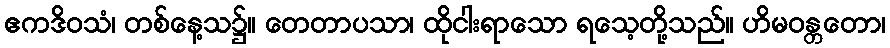
ဧကဒိဝသံ၊ တစ်နေ့သ၌။ တေတာပသာ၊ ထိုငါးရာသော ရသေ့တို့သည်။ ဟိမဝန္တတော၊